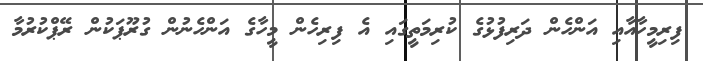
ފިރިމީހާއާއި އަންހެން ދަރިފުޅުގެ ކުރިމަތީގައި އެ ފިރިހެން މީހާގެ އަންހެނުން ގުރޫޕަކުން ރޭޕްކުރުމާ